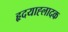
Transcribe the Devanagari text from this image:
हृदयाह्लादक